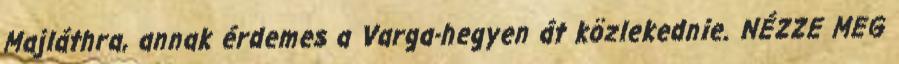
Majláthra, annak érdemes a Varga-hegyen át közlekednie. NÉZZE MEG